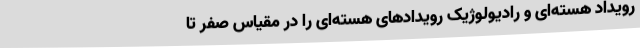
رویداد هسته‌ای و رادیولوژیک رویداد‌های هسته‌ای را در مقیاس صفر تا